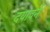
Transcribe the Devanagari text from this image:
दयावने